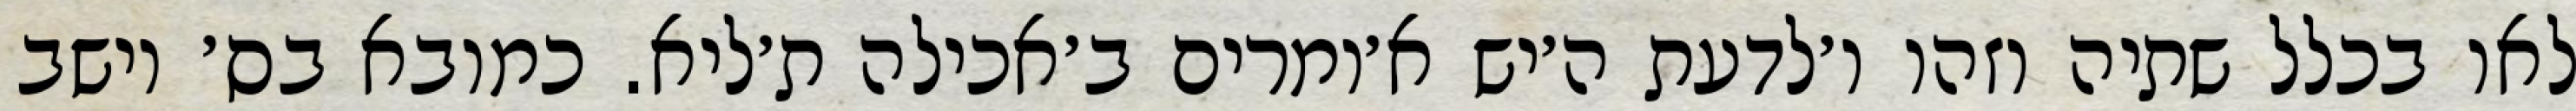
לאו בכלל שתיה וזהו ו׳לדעת ה׳יש א׳ומרים ב׳אכילה ת׳ליא. כמובא בס׳ יושב